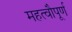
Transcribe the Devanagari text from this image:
महत्वौपूर्ण